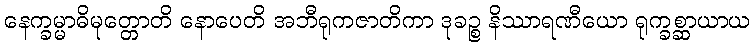
နေက္ခမ္မာဓိမုတ္တောတိ နောပေတိ အဘီရုကဇာတိကာ ဒုခဉ္စ နိဿာရဏီယော ရုက္ခစ္ဆာယာယ